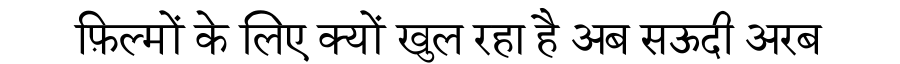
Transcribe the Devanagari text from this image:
फ़िल्मों के लिए क्यों खुल रहा है अब सऊदी अरब